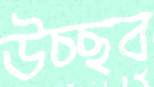
উচ্ছব